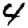
Digit: 4